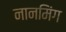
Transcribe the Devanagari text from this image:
नानमिंग